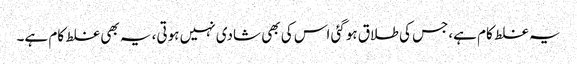
یہ غلط کام ہے،جس کی طلاق ہوگئی اس کی بھی شادی نہیں ہوتی، یہ بھی غلط کام ہے۔